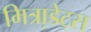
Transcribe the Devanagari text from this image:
मित्रा़डेट्स